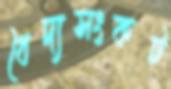
বৈদ্যসংকট